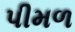
પીમળ